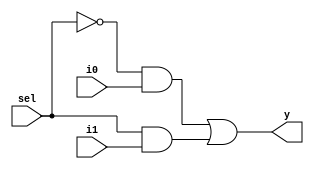
module mux2x1(i0,i1,sel,y);
input i0,i1,sel;
output y;
assign y=(~sel&i0)|(sel&i1);
endmodule